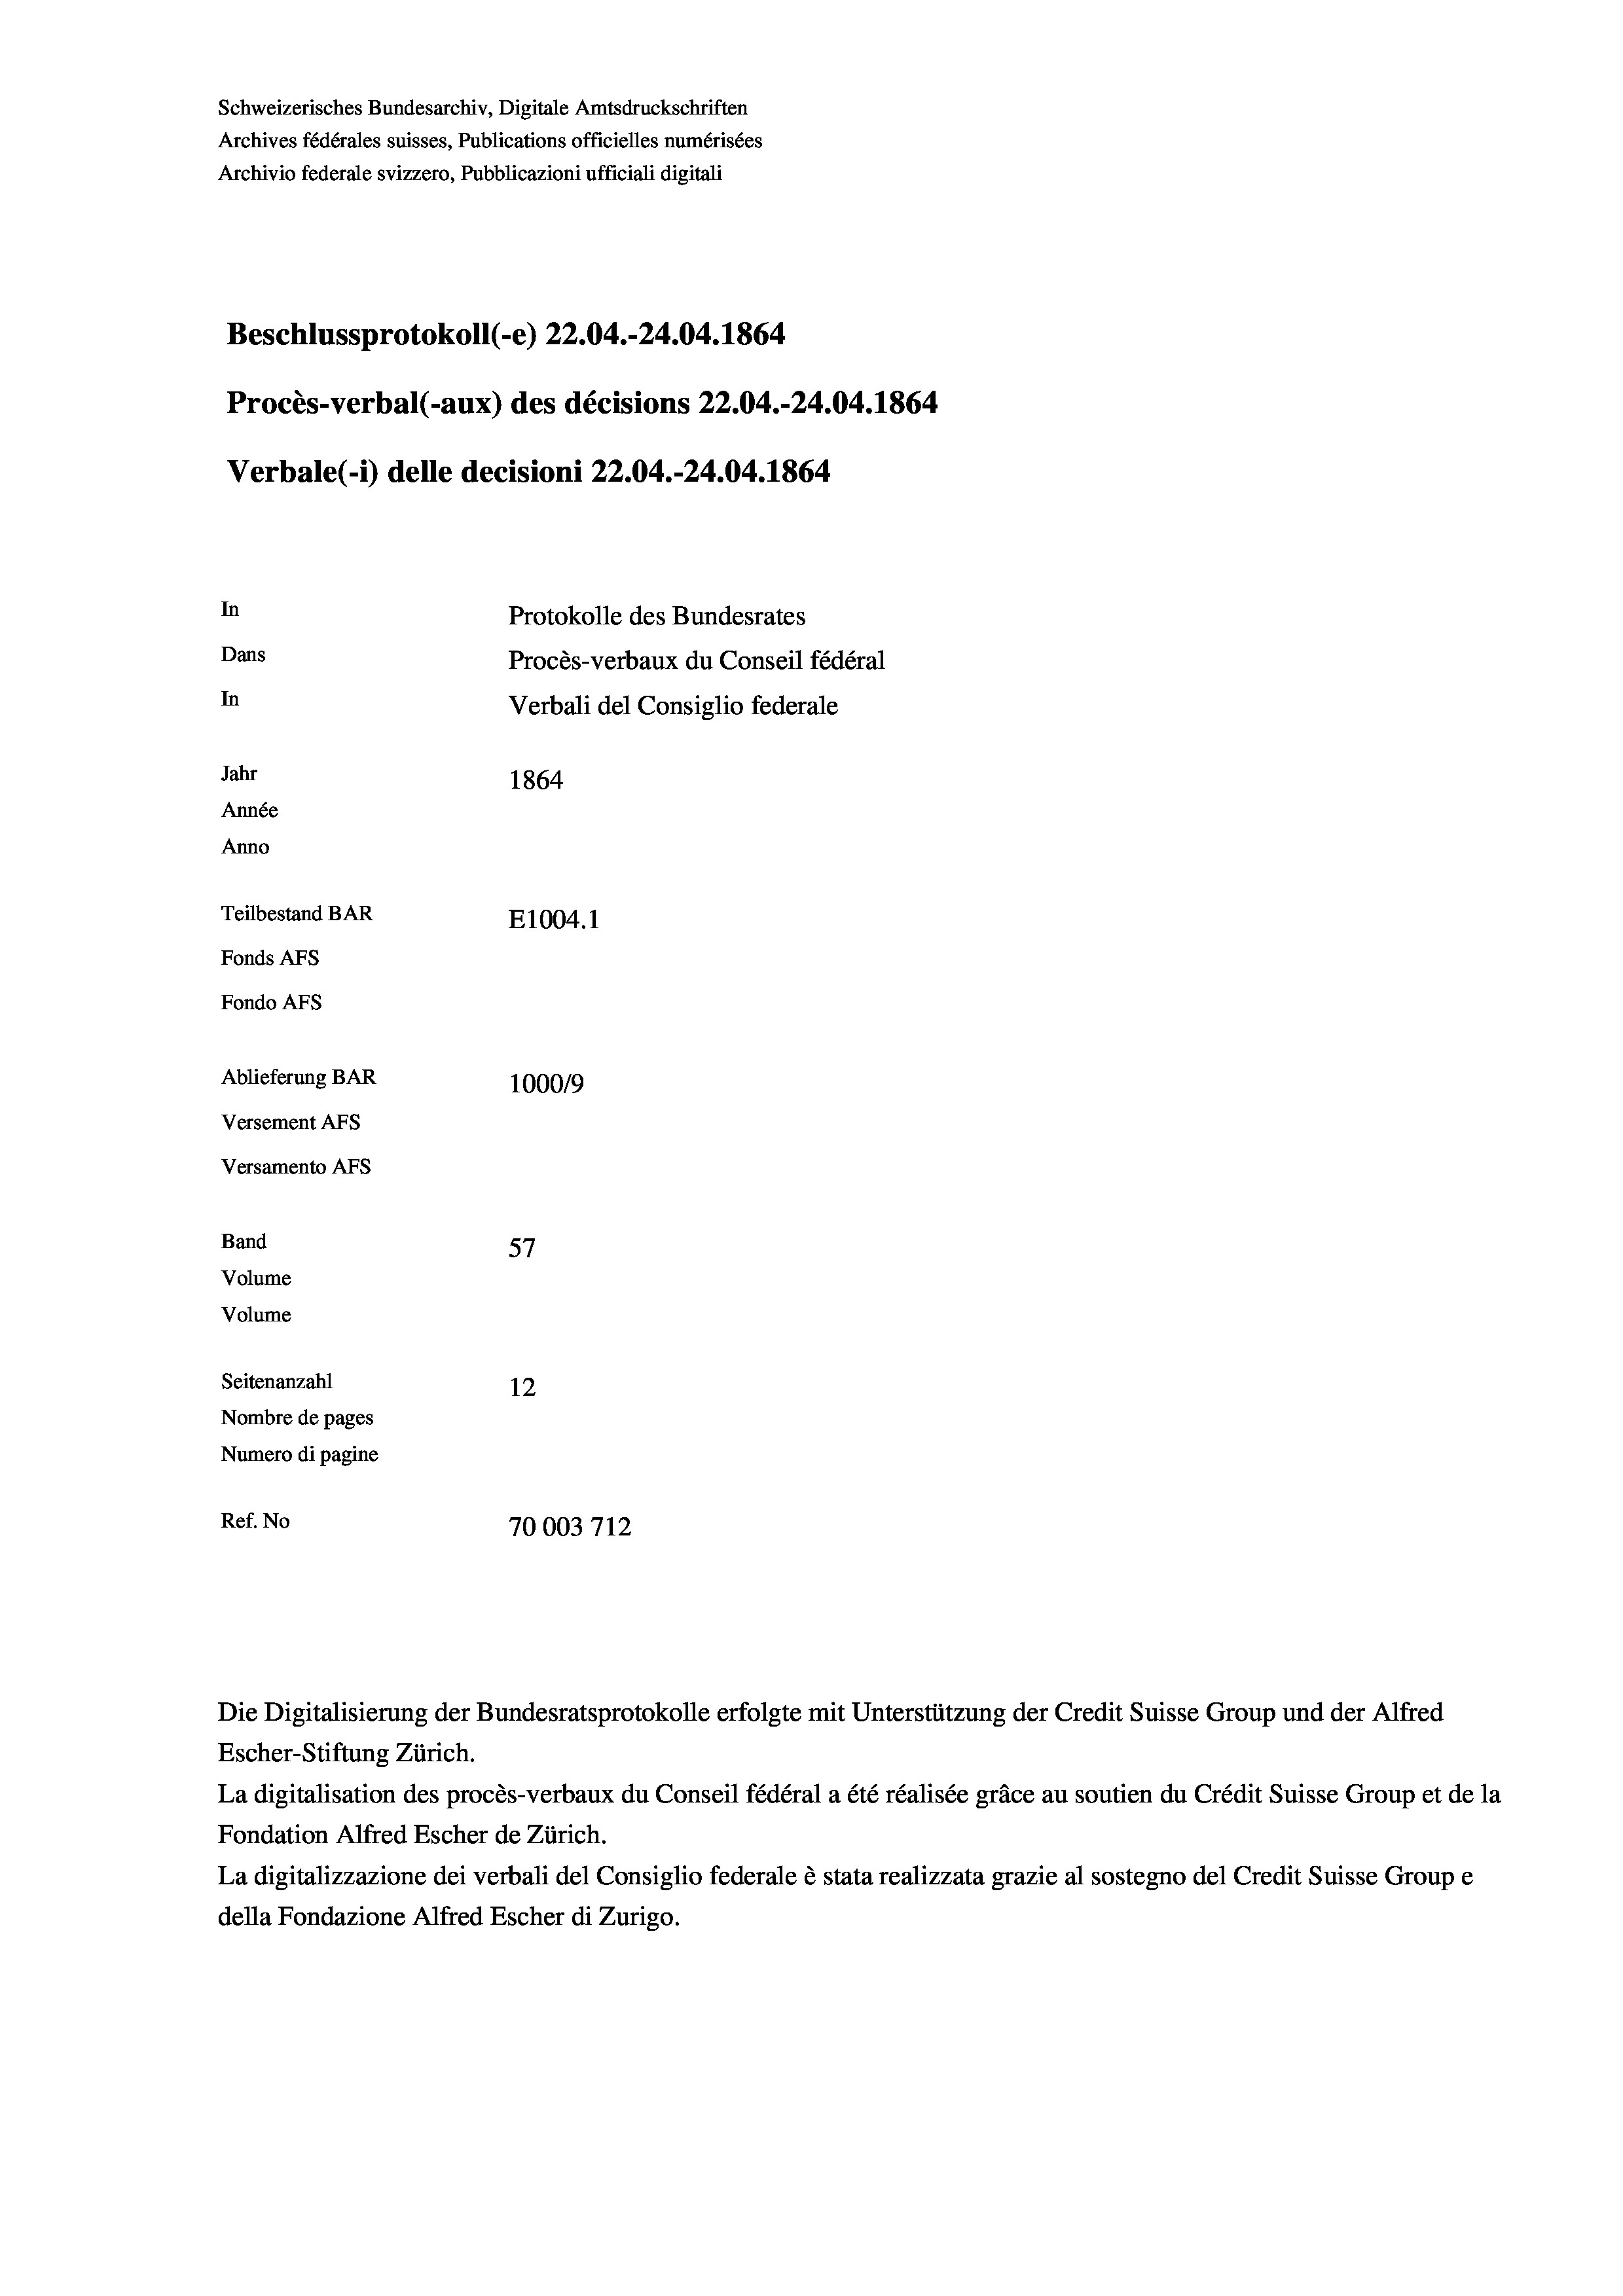
Schweizerisches Bundesarchiv, Digitale Amtsdruckschriften
Archives fédérales suisses, Publications officielles numérisées
Archivio federale svizzero, Pubblicazioni ufficiali digitali
Beschlussprotokoll (-e) 22.04.-24.04. 1864
Procès-verbal (-aux) des décisions 22.04.-24.04. 1864
Verbale (i) delle decisioni 22.04.-24.04. 1864
In
Protokolle des Bundesrates
Dans
Procès-verbaux du Conseil fédéral
In
Verbali del Consiglio federale
Jahr
1864
Année
Anno
Teilbestand BAR
E1004.1
Fonds AFs
Fondo Afs
Ablieferung BAR
100019
Versement AFs
Versamento AFs
Band
57
Volume
Volume
Seitenanzahl
12
Nombre de pages
Numero di pagine
Ref. No
70003712

La digitalisation des procès-verbaux du Conseil fédéral a été réalisée gräce au soutien du Crédit Suisse Group et de la
Fondation Alfred Escher de Zürich.
La digitalizzazione dei verbali del Consiglio federale è stata realizzata grazie al sostegno del Credit Suisse Groupe
della Fondazione Alfred Escher di Zurigo.

Die Digitalisierung der Bundesratsprotokolle erfolgte mit Unterstützung der Credit Suisse Group und der Alfred
Escher-Stiftung Zürich.